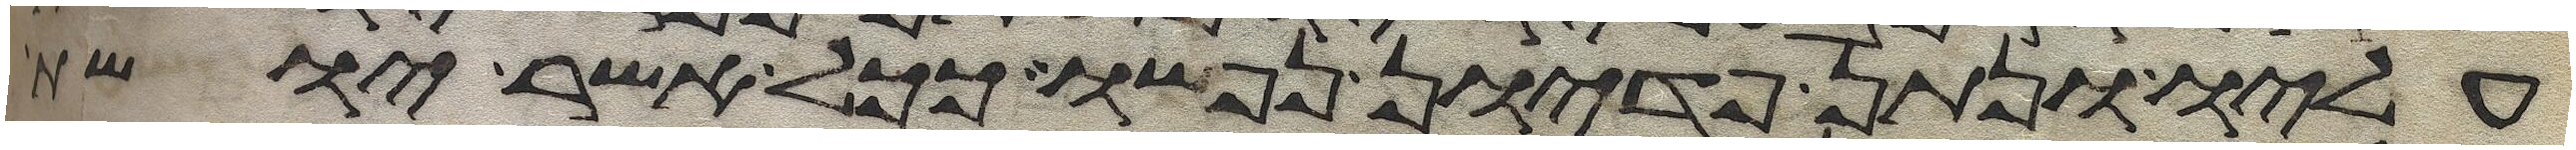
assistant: עליו ונתן פדיון נפשו ככל אשר יושת